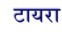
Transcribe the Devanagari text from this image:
टायरा